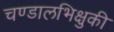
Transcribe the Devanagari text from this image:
चण्डालभिक्षुकी